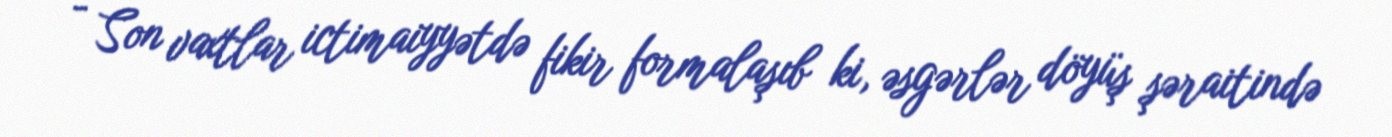
- Son vaxtlar ictimaiyyətdə fikir formalaşıb ki, əsgərlər döyüş şəraitində